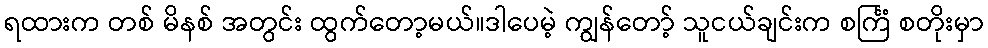
ရထားက တစ် မိနစ် အတွင်း ထွက်တော့မယ်။ဒါပေမဲ့ ကျွန်တော့် သူငယ်ချင်းက စင်္ကြံ စတိုးမှာ